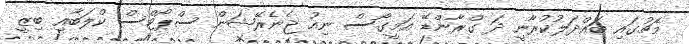
މެޗުގައި ބައްދަލުކުރާނީ ދަ ގްރާންޑޭ އަމީގޯސް ނިއު ޖެނެރޭޝަން ސްޕޯޓްސް ކްލަބާއި ބިޒީ